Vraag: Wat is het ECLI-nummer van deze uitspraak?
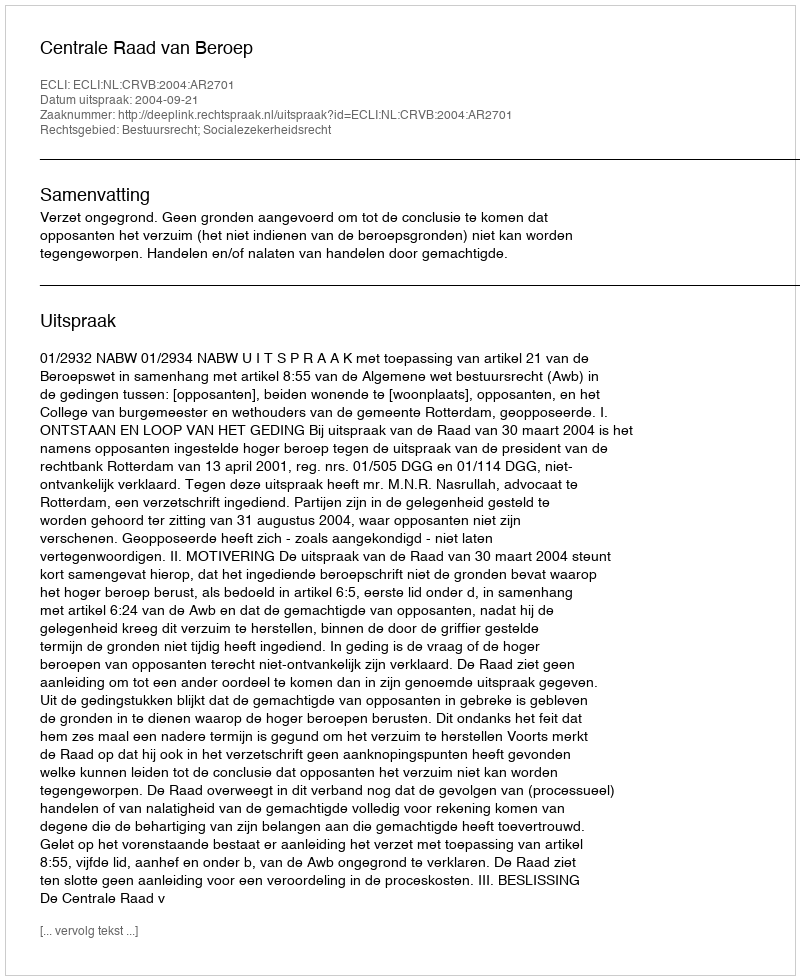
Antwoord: ECLI:NL:CRVB:2004:AR2701